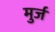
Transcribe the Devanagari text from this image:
मुर्ज